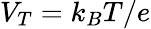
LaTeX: V_{T}=k_{B}T/e